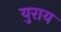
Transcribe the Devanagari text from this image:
युराय